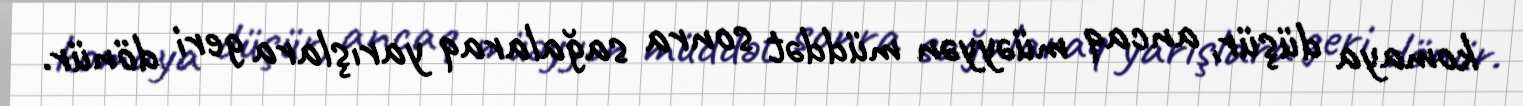
komaya düşür, ancaq müəyyən müddət sonra sağalaraq yarışlara geri dönür.